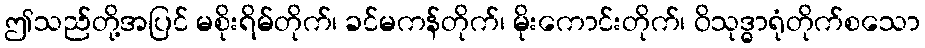
ဤသည်တို့အပြင် မစိုးရိမ်တိုက်၊ ခင်မကန်တိုက်၊ မိုးကောင်းတိုက်၊ ဝိသုဒ္ဓာရုံတိုက်စသော